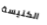
الكنيسة